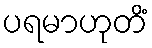
ပရမာဟုတိံ